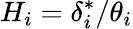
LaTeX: H_{i}=\delta_{i}^{*}/\theta_{i}